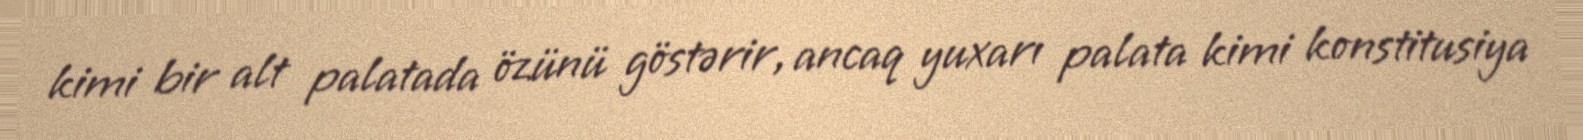
kimi bir alt palatada özünü göstərir, ancaq yuxarı palata kimi konstitusiya